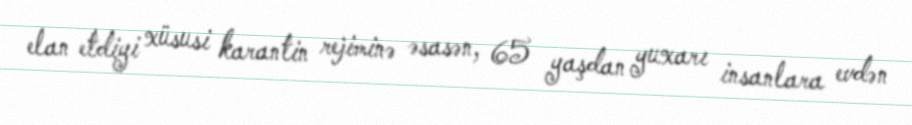
elan etdiyi xüsusi karantin rejiminə əsasən, 65 yaşdan yuxarı insanlara evdən